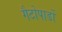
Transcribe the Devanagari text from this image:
गैटोपार्डो